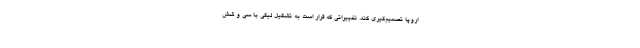
اروپا تصمیم‌گیری کند. تغییراتی که قرار است به تشکیل لیگی با سی و شش